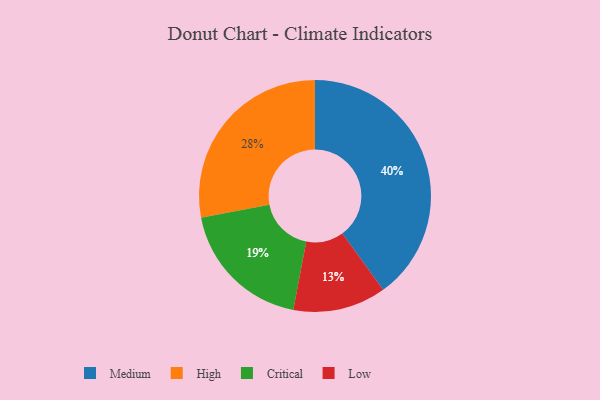
{"axis": {"x": "Category", "y": "Percentage"}, "legend": ["Critical", "High", "Low", "Medium"], "data": [{"x": "Low", "y": 13, "type": "Low"}, {"x": "High", "y": 28, "type": "High"}, {"x": "Critical", "y": 19, "type": "Critical"}, {"x": "Medium", "y": 40, "type": "Medium"}]}